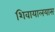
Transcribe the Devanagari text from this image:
शिवायालयास